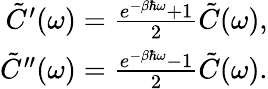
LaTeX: \begin{array}{r}{\tilde{C}^{\prime}(\omega)=\frac{e^{-\beta\hbar\omega}+1}{2}\tilde{C}(\omega),}\\ {\tilde{C}^{\prime\prime}(\omega)=\frac{e^{-\beta\hbar\omega}-1}{2}\tilde{C}(\omega).}\end{array}